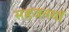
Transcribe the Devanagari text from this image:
सहजनवॉं